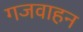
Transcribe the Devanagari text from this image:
गजवाहन